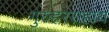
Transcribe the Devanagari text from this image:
गुरुहरसहाय